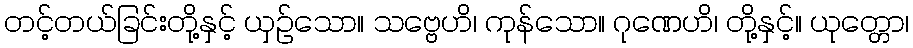
တင့်တယ်ခြင်းတို့နှင့် ယှဉ်သော။ သဗ္ဗေဟိ၊ ကုန်သော။ ဂုဏေဟိ၊ တို့နှင့်။ ယုတ္တော၊